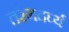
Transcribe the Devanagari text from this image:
तरंगदर्घ्य